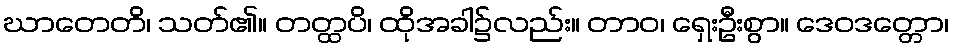
ဃာတေတိ၊ သတ်၏။ တတ္ထပိ၊ ထိုအခါ၌လည်း။ တာဝ၊ ရှေးဦးစွာ။ ဒေဝဒတ္တော၊